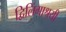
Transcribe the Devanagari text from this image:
द्विलिंगाश्रयी